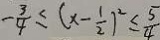
- \frac { 3 } { 4 } \leq ( x - \frac { 1 } { 2 } ) ^ { 2 } \leq \frac { 5 } { 4 }